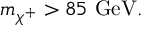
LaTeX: m _ { \chi ^ { + } } > 8 5 \mathrm { ~ G e V } .